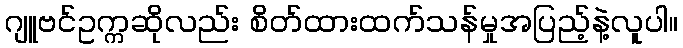
ဂျူဗင်ဥက္ကဆိုလည်း စိတ်ထားထက်သန်မှုအပြည့်နဲ့လူပါ။